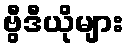
ဗွီဒီယိုများ